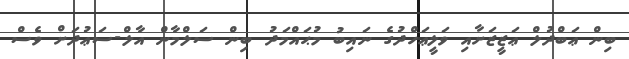
ބިން ޢަބްދުލް ޢަޒީޒަށާއި ވަލީޢަހްދުގެ ނައިބު މުޙައްމަދު ބިން ސަލްމާން އާލް-ސަޢުދަށް ވެސް